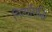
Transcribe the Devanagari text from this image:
नित्यसिद्धि